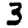
Digit: 3